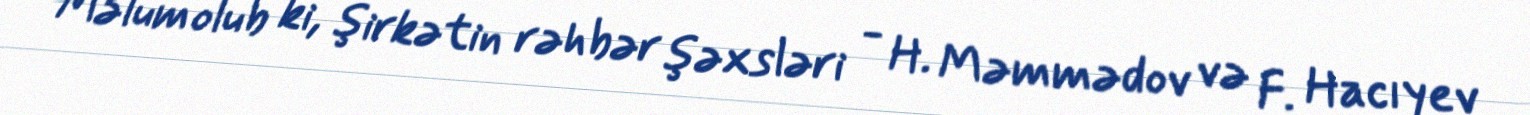
Məlum olub ki, şirkətin rəhbər şəxsləri - H. Məmmədov və F. Hacıyev